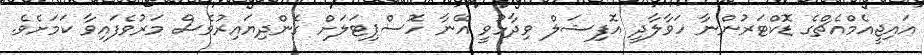
އައިޖީއެމްއެޗްގެ ޑޮކްޓަރުންނާ ހަވާލާދީ އޮފިޝަލް ވިދާޅުވީ އޭނާ ހޮސްޕިޓަލަށް ގެންދިޔައިރުވެސް މަރުވެފައިވާ ކަމަށެވެ.